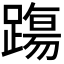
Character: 𨄆